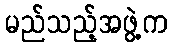
မည်သည့်အဖွဲ့က